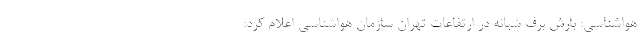
هواشناسی: بارش برف شبانه در ارتفاعات تهران سازمان هواشناسی اعلام کرد: